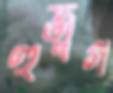
হুজুগ